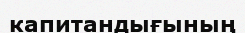
капитандығының